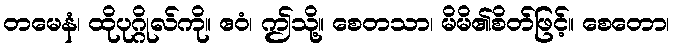
တမေနံ၊ ထိုပုဂ္ဂိုလ်ကို။ ဧဝံ၊ ဤသို့။ စေတသာ၊ မိမိ၏စိတ်ဖြင့်။ စေတော၊